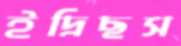
ইদ্রিছস